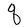
Character: q